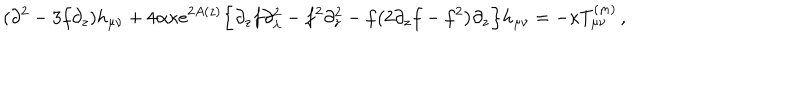
( \partial ^ { 2 } - 3 f \partial _ { z } ) h _ { \mu \nu } + 4 \alpha \kappa e ^ { 2 A ( z ) } \Big \{ \partial _ { z } f \partial _ { \lambda } ^ { 2 } - f ^ { 2 } \partial _ { z } ^ { 2 } - f \big ( 2 \partial _ { z } f - f ^ { 2 } \big ) \partial _ { z } \Big \} h _ { \mu \nu } = - \kappa T _ { \mu \nu } ^ { ( m ) } \, ,